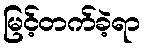
မြင့်တက်ခဲ့ရာ